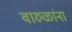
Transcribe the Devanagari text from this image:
वारुळांना